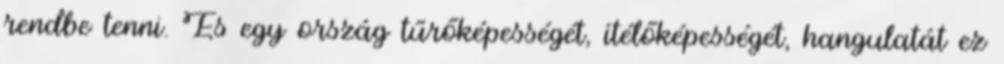
rendbe tenni. És egy ország tűrőképességét, ítélőképességét, hangulatát ez